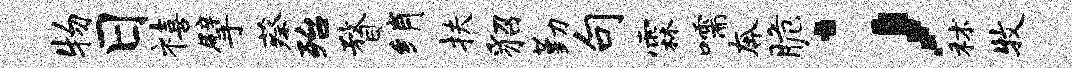
物日禧擘蔡殆瞀绡扶貂勤句霖嚅奔脆；秫牧